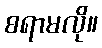
စရာမလို။